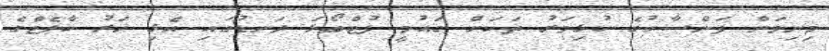
މިނިވަން ފަންސާހުގެ ކުޅިވަރު ތަކަށް ގައުމީ ފުޓްބޯޅަ ދަނޑުގައި އެޅި ހަރު ކާޕެޓްގެ